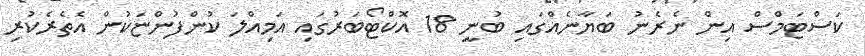
ކަސްޓަމްސް އިން ނެރެނު ބަޔާނެއްގައި ބުނީ 18 އޮކްޓޯބަރުގައި އަމިއްލަ ކުންފުންޏަކުން އެތެރެކުރި